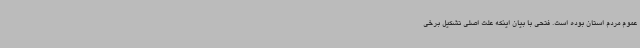
عموم مردم استان بوده است. فتحی با بیان اینکه علت اصلی تشکیل برخی